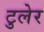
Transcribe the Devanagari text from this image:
टुलेर